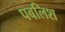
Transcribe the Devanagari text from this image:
पबलिश